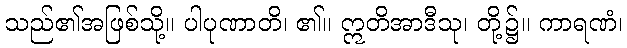
သည်၏အဖြစ်သို့။ ပါပုဏာတိ၊ ၏။ ဣတိအာဒီသု၊ တို့၌။ ကာရဏံ၊